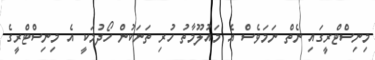
މިނިސްޓްރީގައި ނެތް ނަމަވެސް އެ މައުލޫމާތު ހުރި ތަނަކުން ހޯދުމަކީ އެ މިނިސްޓްރީގެ